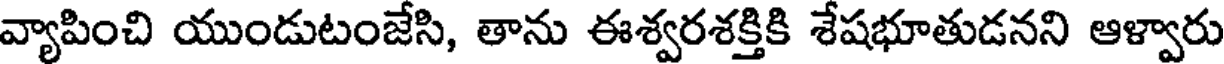
వ్యాపించి యుండుటంజేసి, తాను ఈశ్వరశక్తికి శేషభూతుడనని ఆళ్వారు